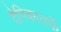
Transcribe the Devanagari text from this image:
दैनिकातर्फे